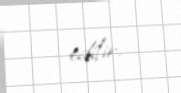
edilir.